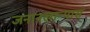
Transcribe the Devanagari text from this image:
जनानखान्यास